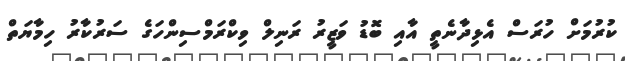
ކުރުމަށް ހުރަސް އެޅިދާނެތީ އާއި ބޮޑު ވަޒީރު ރަނިލް ވިކްރަމްސިންހަގެ ސަރުކާރު ހިމާޔަތް